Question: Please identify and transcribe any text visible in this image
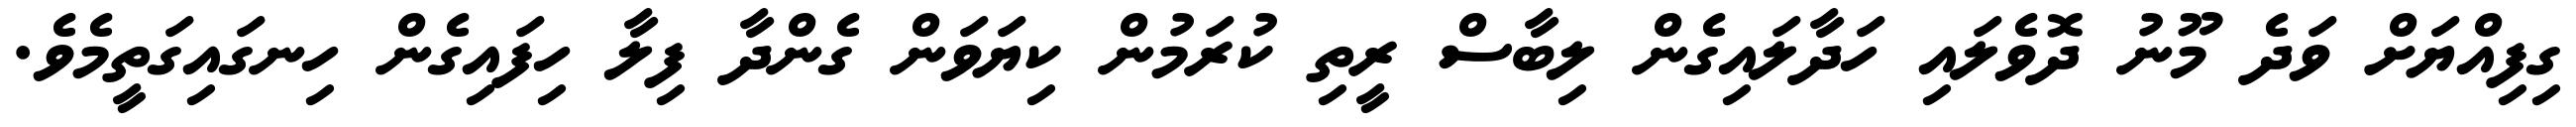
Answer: ގިފިއްޔަށް ވަދެ މޫނު ދޮވެލައި ހަދާލައިގެން ލިބާސް ރީތި ކުރަމުން ކިޔަވަން ގެންދާ ފިލާ ހިފައިގެން ހިނގައިގަތީމެވެ.